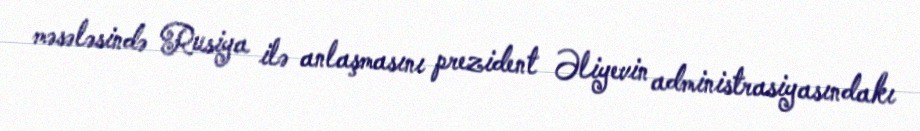
məsələsində Rusiya ilə anlaşmasını prezident Əliyevin administrasiyasındakı